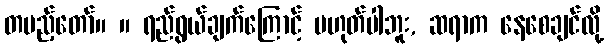
တပည့်တော်။ ။ ရည်ရွယ်ချက်ကြောင့် မဟုတ်ပါဘူး, ဆရာက နေစေချင်လို့